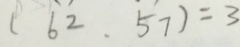
( 6 2 . 5 7 ) = 3